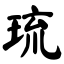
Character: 琉